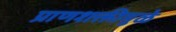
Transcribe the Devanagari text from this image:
प्राणशक्तीमुळे